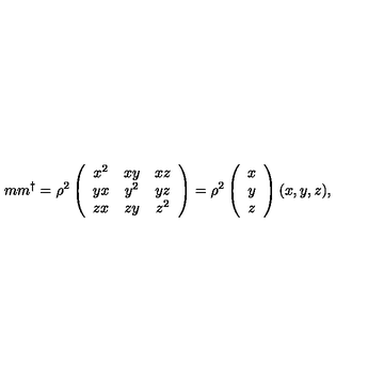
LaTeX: m m ^ { \dagger } = \rho ^ { 2 } \left( \begin{array} { c c c } { x ^ { 2 } } & { x y } & { x z } \\ { y x } & { y ^ { 2 } } & { y z } \\ { z x } & { z y } & { z ^ { 2 } } \\ \end{array} \right) = \rho ^ { 2 } \left( \begin{array} { c } { x } \\ { y } \\ { z } \\ \end{array} \right) ( x , y , z ) ,